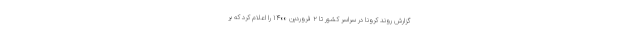
گزارش روند کرونا در سراسر کشور تا ۲ فروردین ۱۴۰۰ را اعلام کرد که بر